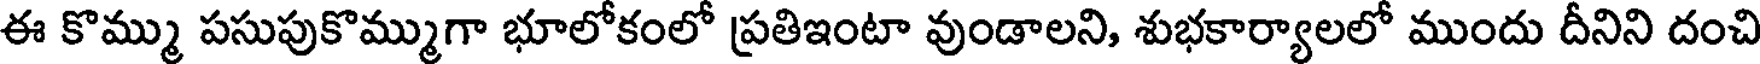
ఈ కొమ్ము పసుపుకొమ్ముగా భూలోకంలో ప్రతిఇంటా వుండాలని, శుభకార్యాలలో ముందు దీనిని దంచి